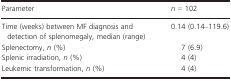
<table><thead><tr><td><b>Parameter</b></td><td><b><i>n</i>=102</b></td></tr></thead><tbody><tr><td>Time (weeks) between MF diagnosis and detection of splenomegaly, median (range)</td><td>0.14 (0.14–119.6)</td></tr><tr><td>Splenectomy, <i>n</i> (%)</td><td>7 (6.9)</td></tr><tr><td>Splenic irradiation, <i>n</i> (%)</td><td>4 (4)</td></tr><tr><td>Leukemic transformation, <i>n</i> (%)</td><td>4 (4)</td></tr></tbody></table>